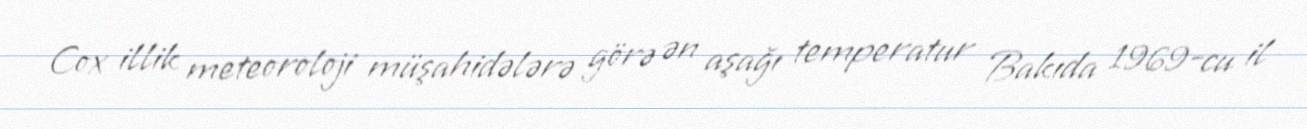
Cox illik meteoroloji müşahidələrə görə ən aşağı temperatur Bakıda 1969-cu il